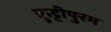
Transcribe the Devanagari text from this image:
कुट्टीपुरम